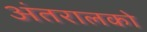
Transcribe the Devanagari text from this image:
अंतरालको